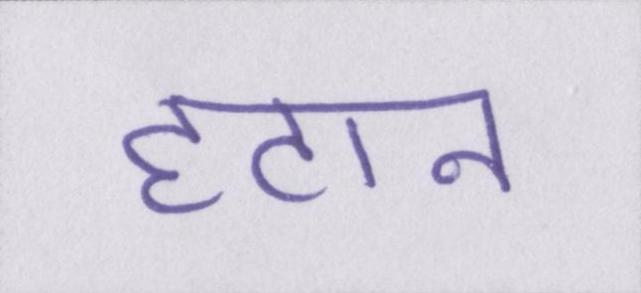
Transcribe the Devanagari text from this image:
हटान